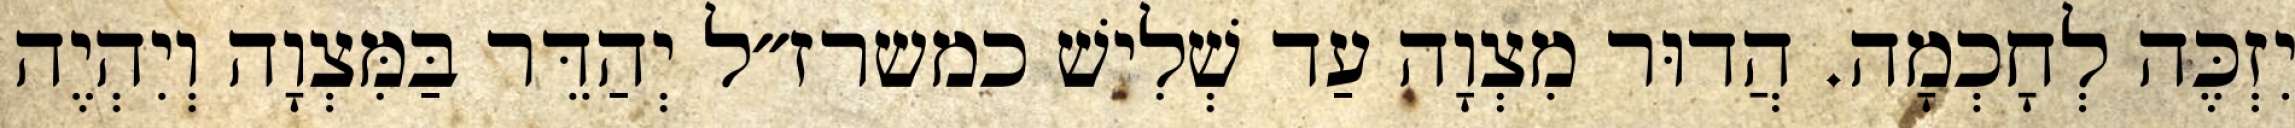
יִזְכֶּה לְחָכְמָה. הֲדוּר מִצְוָה עַד שְׁלִישׁ כמשרז״ל יְהַדֵּר בַּמִּצְוָה וְיִהְיֶה